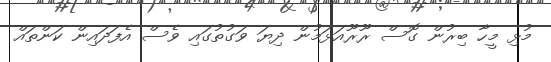
މުޅި މީހާ ބިރުން ގޮސް ރޫރޫއަޅަމުން ދިޔަ ވަގުތުގައި ވެސް އެފަދައިން ކަންތައް